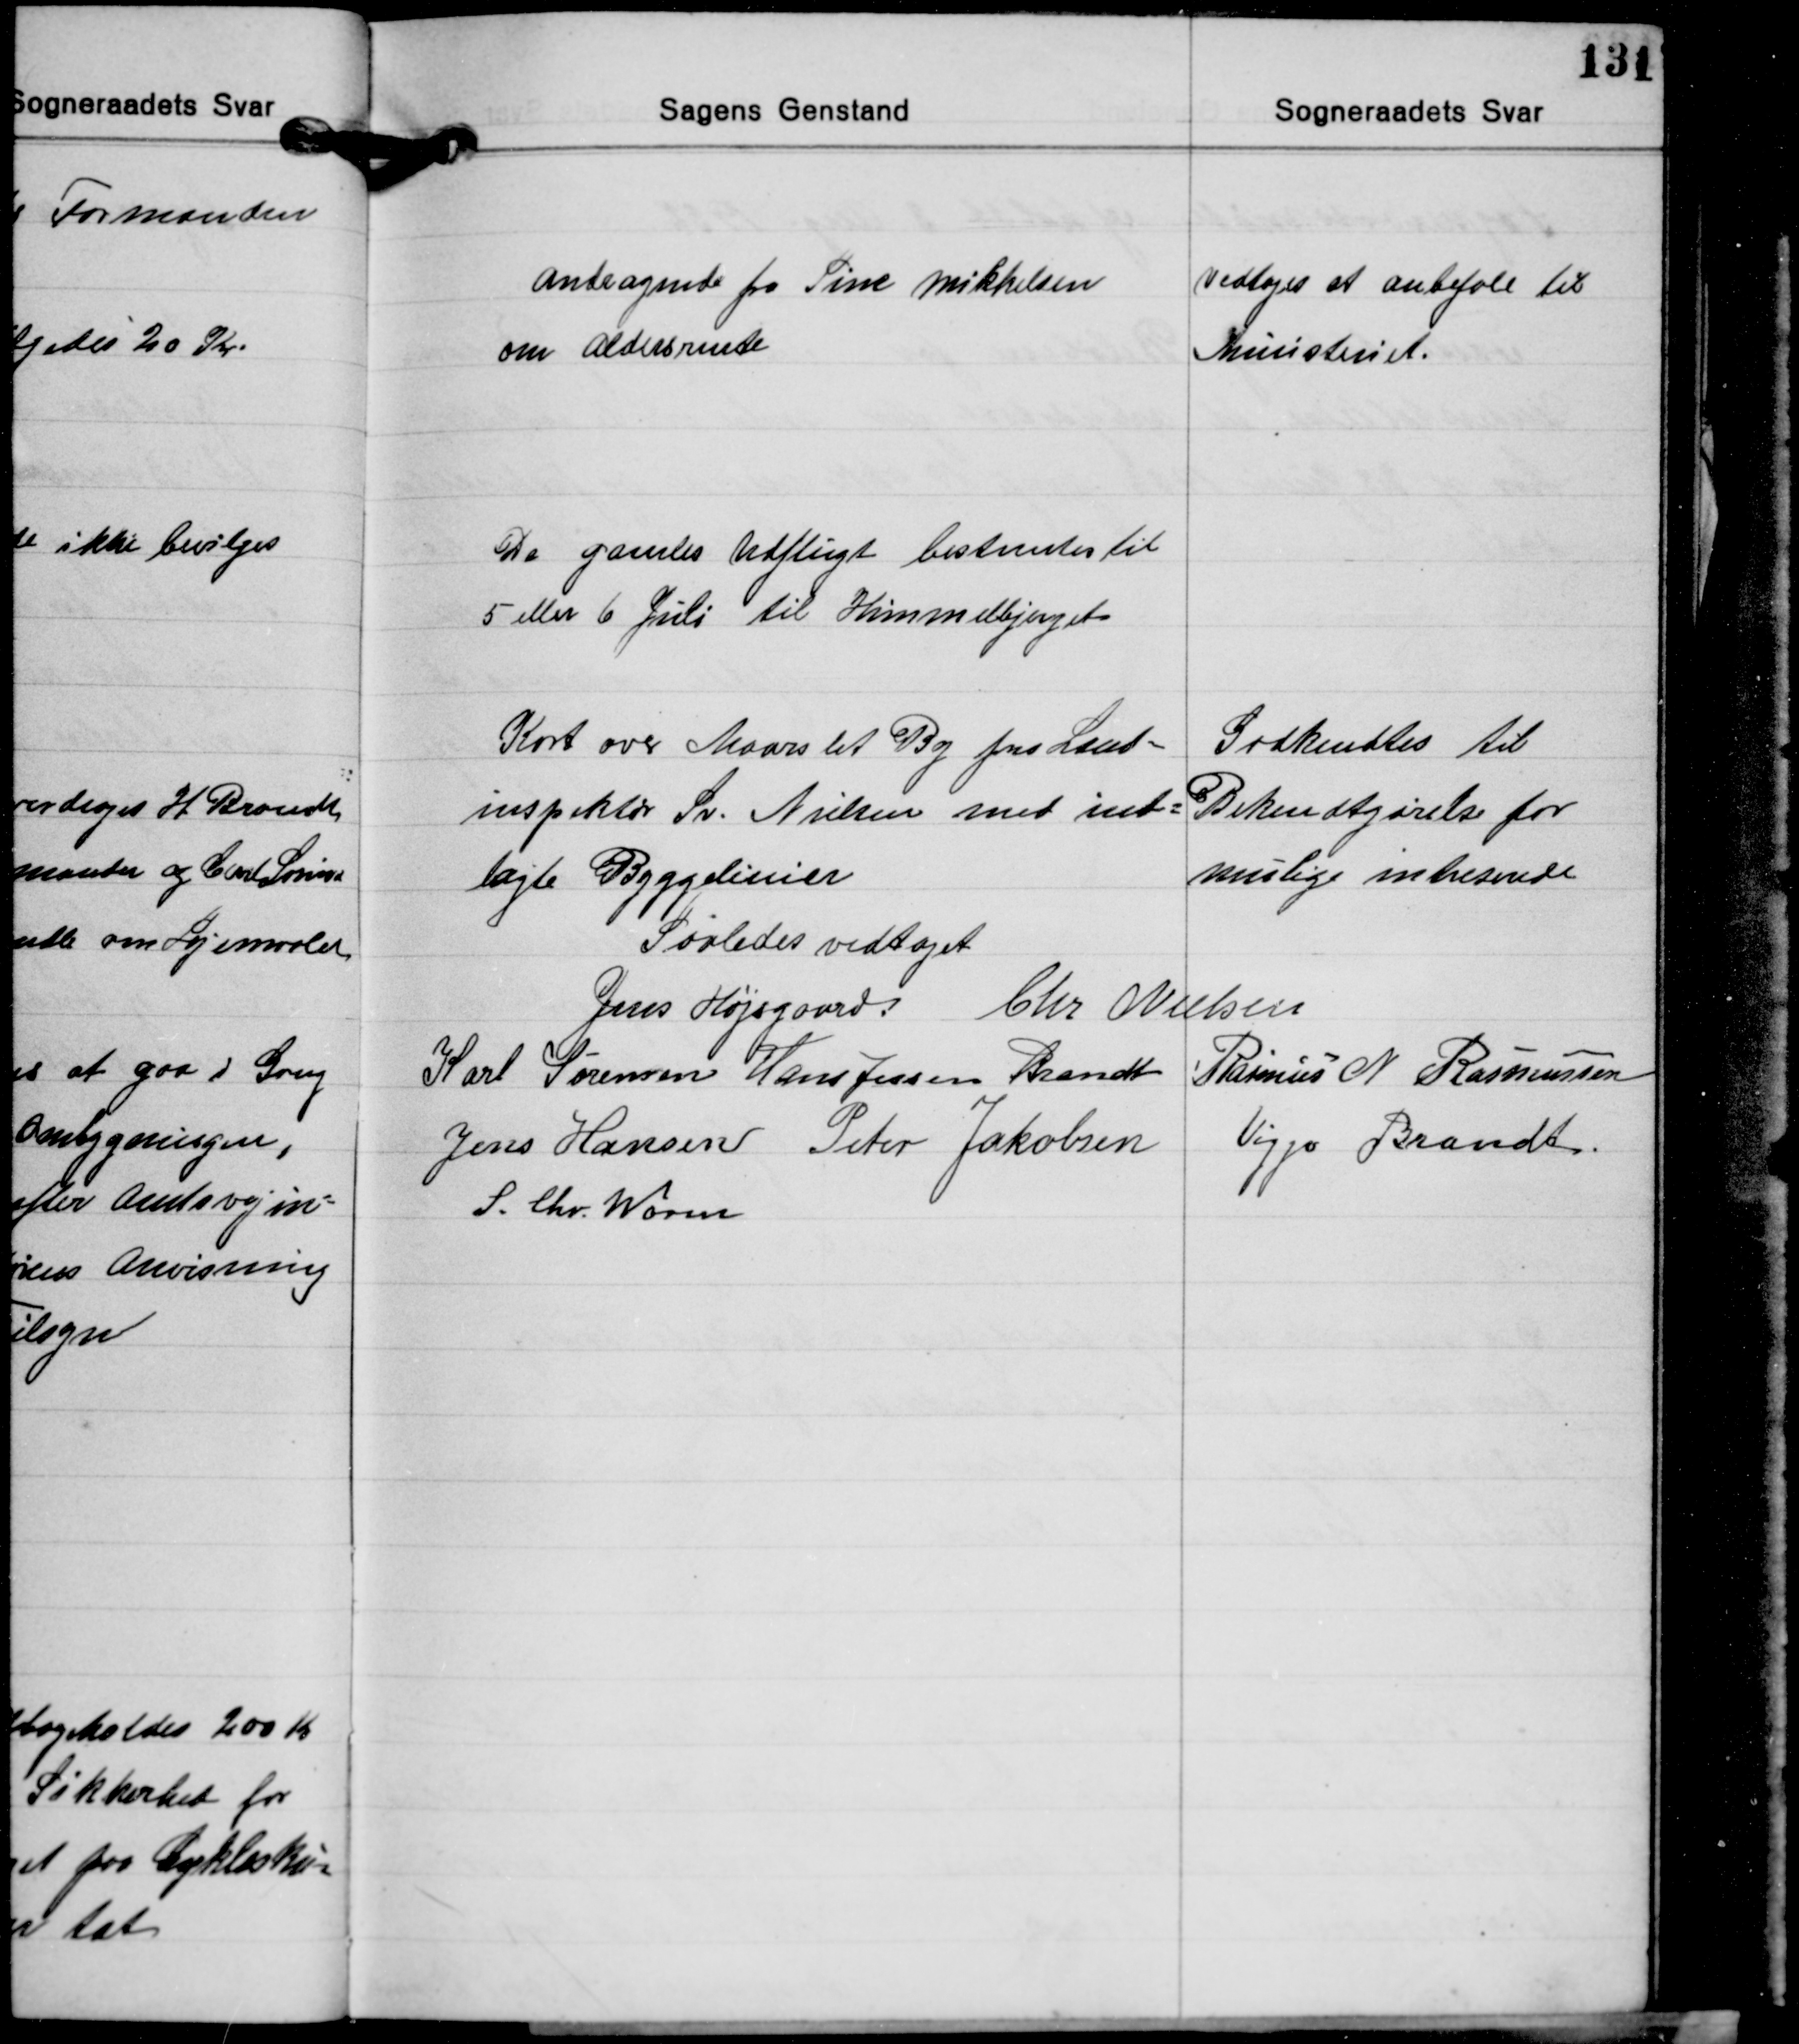
Transskription:
Andragende fra Sine Mikkelsen
om Aldersrente

Vedtoges at anbefale til
Ministeriet.

De gamles Udflugt bestemtes til
5 eller 6 Juli til Himmelbjerget

Kort over Maarslet By fra Land-
inspektør Sv. Nielsen med ind-
lagte Byggelinier

Godkendtes til
Bekendtgørelse for
mulige intereserede

Saaledes vedtaget
Jens Højsgaard Chr. Nielsen
Karl Sørensen Hans Jessen Brandt Rasmus N. Rasmussen
Viggo Brandt
Jens Hansen Peter Jakobsen
S. Chr. Worm